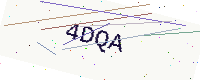
Text: 4DQA